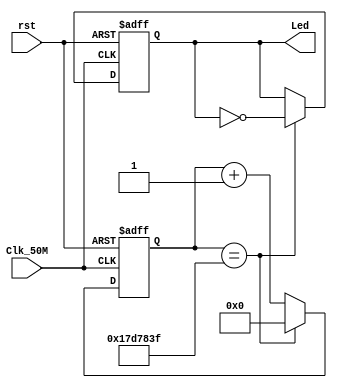
//50MHzled500ms
module count_led(Clk_50M,rst,Led);

input Clk_50M,rst;

output  Led;
reg Led;
reg [24:0] count;

always @(posedge Clk_50M or negedge rst) begin
	if(!rst)
		count <= 25'b0;
	else  begin
				if(count == 25'd25_000_000-1)
					count <= 25'b0;
				else 
					count <= count + 1'b1;
			end
end


always @(posedge Clk_50M or negedge rst) begin
	if(!rst)
		Led <= 1'b1;
	else  if(count == 25'd25_000_000-1)
				Led <= ~Led;
			else 
				Led <= Led;
end
endmodule